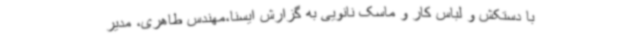
با دستکش ‌و لباس کار و ماسک نانویی به گزارش ایسنا،مهندس طاهری، مدیر